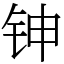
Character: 𬬹